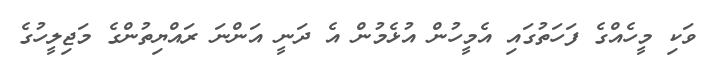
ވަކި މީހެއްގެ ފަހަތުގައި އެމީހުން އުޅެމުން އެ ދަނީ އަންނަ ރައްޔިތުންގެ މަޖިލީހުގެ